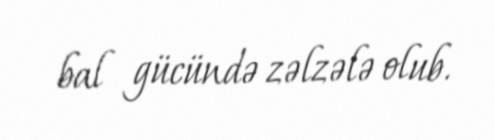
bal gücündə zəlzələ olub.